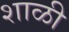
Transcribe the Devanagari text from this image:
शाळी